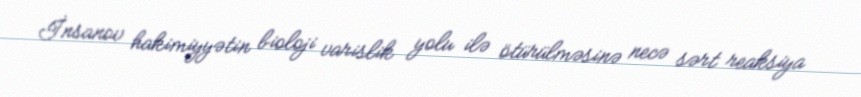
İnsanov hakimiyyətin bioloji varislik yolu ilə ötürülməsinə necə sərt reaksiya